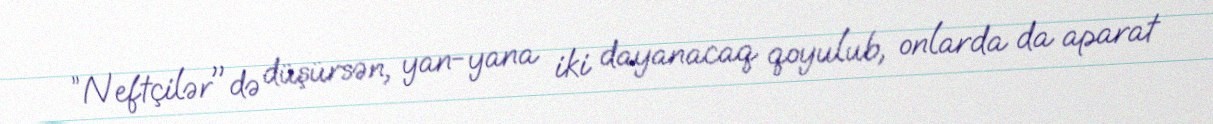
”Neftçilər"də düşürsən, yan-yana iki dayanacaq qoyulub, onlarda da aparat